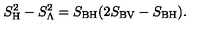
S _ { \mathrm { H } } ^ { 2 } - S _ { \mathrm { \Lambda } } ^ { 2 } = S _ { \mathrm { B H } } ( 2 S _ { \mathrm { B V } } - S _ { \mathrm { B H } } ) .